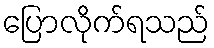
ပြောလိုက်ရသည်